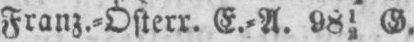
Franz.⸗Österr. E.⸗A. 9812 G.